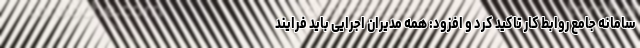
سامانه جامع روابط کار تاکید کرد و افزود: همه مدیران اجرایی باید فرایند